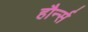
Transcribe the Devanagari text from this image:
हौर्न्स